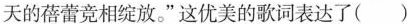
天的蓓蕾竞相绽放。”这优美的歌词表达了( )